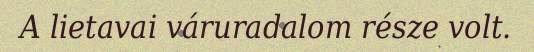
A lietavai váruradalom része volt.